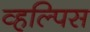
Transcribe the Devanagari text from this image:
व्हल्पिस